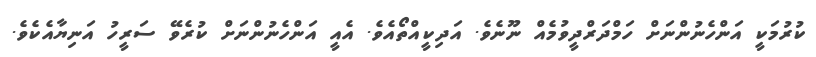
ކުރުމަކީ އަންހެނުންނަށް ހަމްދަރްދީވުމެއް ނޫނެވެ. އަދިކީއްތޯއެވެ. އެއީ އަންހެނުންނަށް ކުރެވޭ ސަރީހު އަނިޔާއެކެވެ.